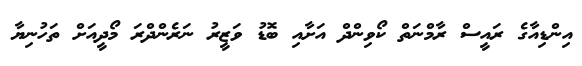
އިންޑިއާގެ ރައީސް ރާމްނަތް ކޯވިންދް އަށާއި ބޮޑު ވަޒީރު ނަރެންދްރަ މޯދީއަށް ތަހުނިޔާ